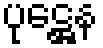
ပုဋ္ဌေန